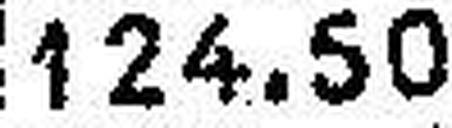
124.50